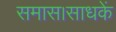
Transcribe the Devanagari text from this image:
समास।साधकें